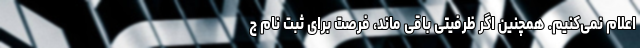
اعلام نمی‌کنیم. همچنین اگر ظرفیتی باقی‌ ماند، فرصت برای ثبت نام ج